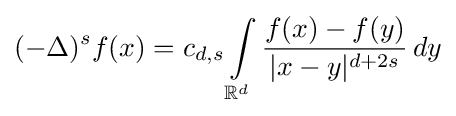
(-\Delta )^{s}f(x)=c_{d,s}\int \limits _{\mathbb {R} ^{d}}{\frac {f(x)-f(y)}{|x-y|^{d+2s}}}\,dy